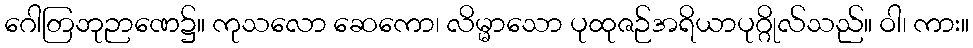
ဂေါတြဘုဉာဏေ၌။ ကုသလော ဆေကော၊ လိမ္မာသော ပုထုဇဉ်အရိယာပုဂ္ဂိုလ်သည်။ ဝါ၊ ကား။